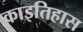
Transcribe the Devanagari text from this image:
काइतिहास